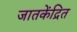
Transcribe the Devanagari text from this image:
जातकेंद्रित